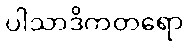
ပါသာဒိကတရော